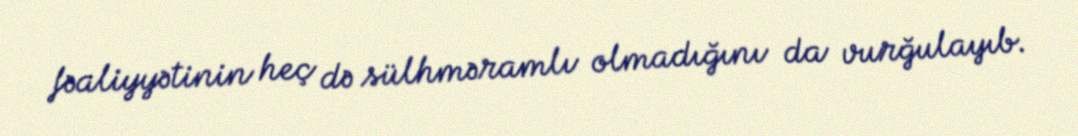
fəaliyyətinin heç də sülhməramlı olmadığını da vurğulayıb.